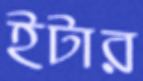
ইটার